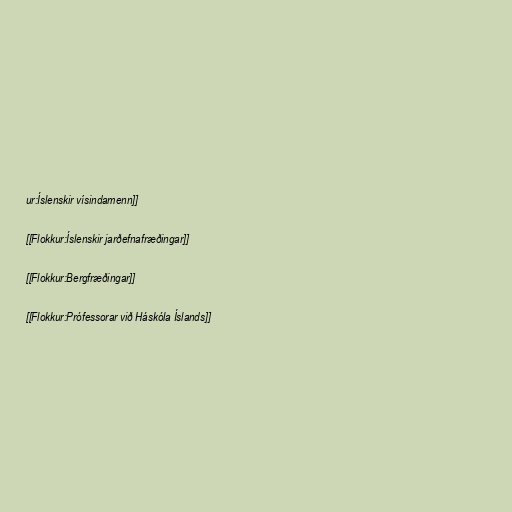
ur:Íslenskir vísindamenn]]

[[Flokkur:Íslenskir jarðefnafræðingar]]

[[Flokkur:Bergfræðingar]]

[[Flokkur:Prófessorar við Háskóla Íslands]]